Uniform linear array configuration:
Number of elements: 16
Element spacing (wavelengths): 0.25
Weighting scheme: exponential
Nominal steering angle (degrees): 0
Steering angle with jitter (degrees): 1.92
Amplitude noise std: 0.05
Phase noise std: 0.05

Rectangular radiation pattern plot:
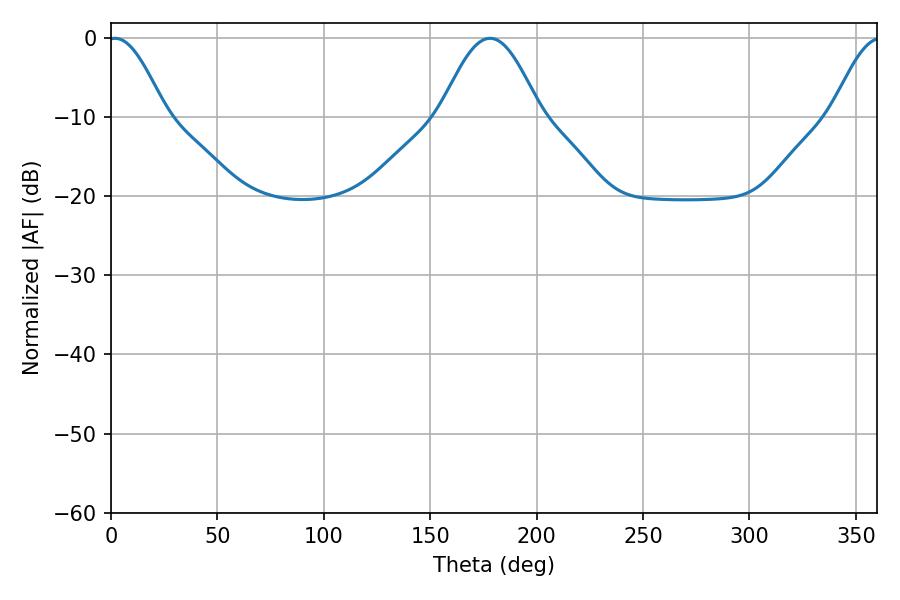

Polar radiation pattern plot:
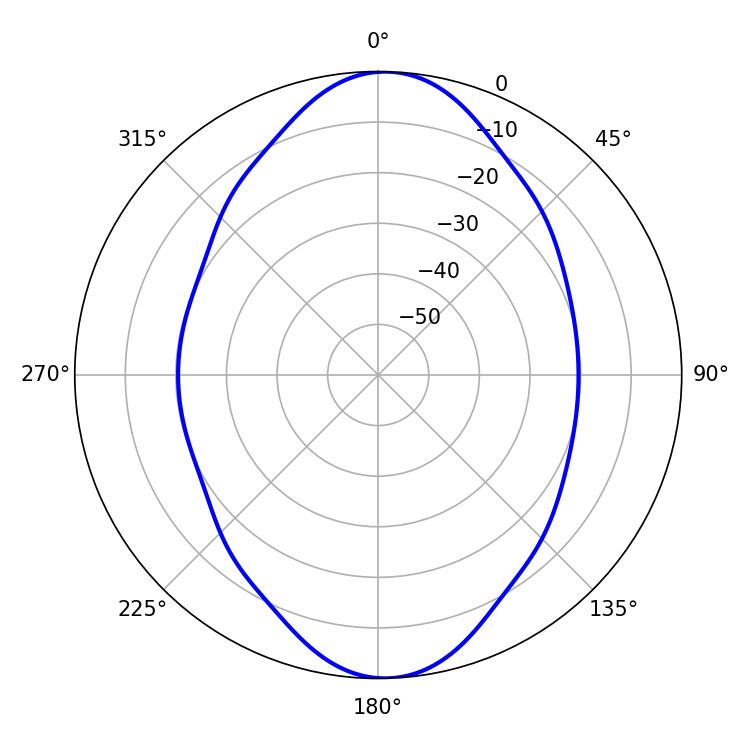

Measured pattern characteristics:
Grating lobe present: FALSE
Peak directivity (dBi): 17.409
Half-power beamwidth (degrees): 14.58
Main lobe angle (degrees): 1.8